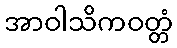
အာဝါသိကဝတ္တံ